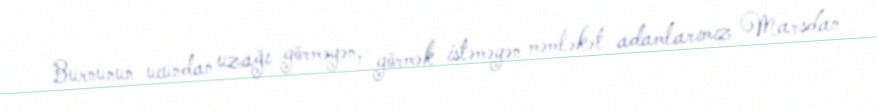
Burnunun ucundan uzağı görməyən, görmək istəməyən məmləkət adamlarımız Marsdan